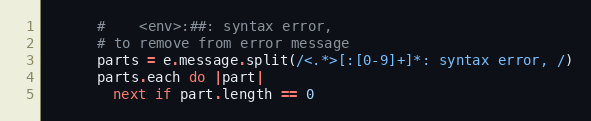
Language: Ruby
      #    <env>:##: syntax error,
      # to remove from error message
      parts = e.message.split(/<.*>[:[0-9]+]*: syntax error, /)
      parts.each do |part|
        next if part.length == 0